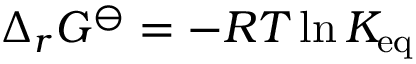
\Delta _ { r } G ^ { \ominus } = - R T \ln K _ { \mathrm { e q } }